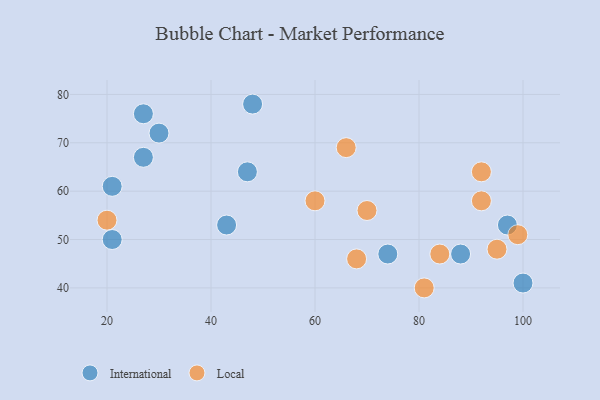
{"axis": {"x": "GDP", "y": "Life Expectancy"}, "legend": ["International", "Local"], "data": [{"x": "21", "y": 61, "type": "International"}, {"x": "27", "y": 76, "type": "International"}, {"x": "43", "y": 53, "type": "International"}, {"x": "97", "y": 53, "type": "International"}, {"x": "27", "y": 67, "type": "International"}, {"x": "74", "y": 47, "type": "International"}, {"x": "88", "y": 47, "type": "International"}, {"x": "100", "y": 41, "type": "International"}, {"x": "21", "y": 50, "type": "International"}, {"x": "47", "y": 64, "type": "International"}, {"x": "48", "y": 78, "type": "International"}, {"x": "30", "y": 72, "type": "International"}, {"x": "81", "y": 40, "type": "Local"}, {"x": "68", "y": 46, "type": "Local"}, {"x": "70", "y": 56, "type": "Local"}, {"x": "92", "y": 64, "type": "Local"}, {"x": "60", "y": 58, "type": "Local"}, {"x": "20", "y": 54, "type": "Local"}, {"x": "95", "y": 48, "type": "Local"}, {"x": "99", "y": 51, "type": "Local"}, {"x": "84", "y": 47, "type": "Local"}, {"x": "66", "y": 69, "type": "Local"}, {"x": "92", "y": 58, "type": "Local"}]}